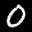
Label: 0